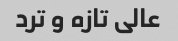
عالی تازه و ترد